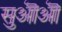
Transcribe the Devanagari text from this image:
सुऒऒ